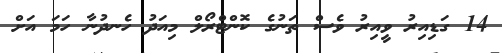
14 ގަޑިއިރު ވީއިރު ވެސް ތަނުގެ ކޮންޓްރޯލް މިއަދު ހެނދުނާ ހަމަ އަށް